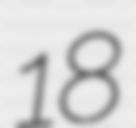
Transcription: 18